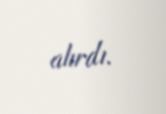
alırdı.